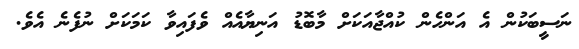
ނަސީބަކުން އެ އަންހެން ކުއްޖާއަކަށް މާބޮޑު އަނިޔާއެއް ވެފައިވާ ކަމަކަށް ނުފެނެ އެވެ.